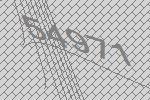
54971